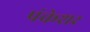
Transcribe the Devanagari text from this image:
पंकेशर